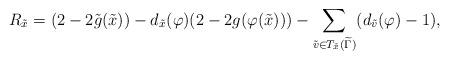
LaTeX: \begin{align*}R_{\tilde{x}} = (2-2\tilde{g}(\tilde{x})) - d_{\tilde{x}} (\varphi) (2-2g(\varphi(\tilde{x}))) - \sum_{\tilde{v} \in T_{\tilde{x}} (\widetilde{\Gamma})} (d_{\tilde{v}} (\varphi) -1),\end{align*}